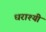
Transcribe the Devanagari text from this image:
धराश्यी